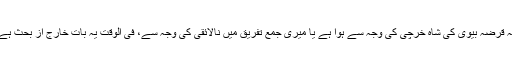
یہ قرضہ بیوی کی شاہ خرچی کی وجہ سے ہوا ہے یا میری جمع تفریق میں نالائقی کی وجہ سے، فی الوقت یہ بات خارج از بحث ہے۔